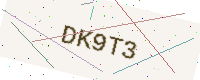
Text: DK9T3